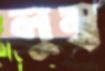
লুম্ব